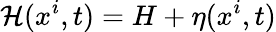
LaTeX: {\cal H}(x^{i},t)=H+\eta(x^{i},t)